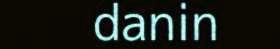
danin